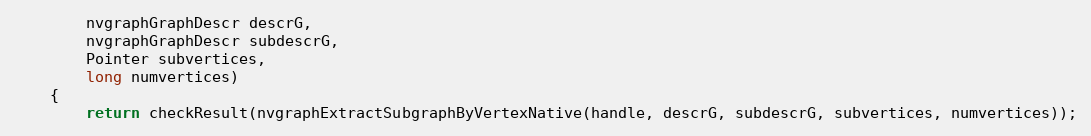
Language: Java
        nvgraphGraphDescr descrG,
        nvgraphGraphDescr subdescrG,
        Pointer subvertices,
        long numvertices)
    {
        return checkResult(nvgraphExtractSubgraphByVertexNative(handle, descrG, subdescrG, subvertices, numvertices));